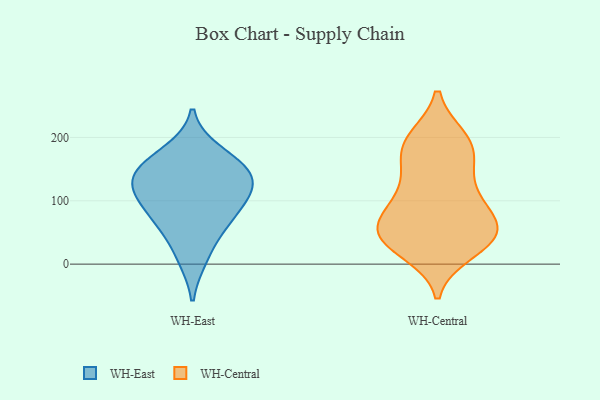
{"axis": {"x": "Gross Profit (USD K)", "y": "Value"}, "legend": ["WH-Central", "WH-East"], "data": [{"x": "", "y": 141, "type": "WH-East"}, {"x": "", "y": 64, "type": "WH-East"}, {"x": "", "y": 121, "type": "WH-East"}, {"x": "", "y": 108, "type": "WH-East"}, {"x": "", "y": 177, "type": "WH-East"}, {"x": "", "y": 149, "type": "WH-East"}, {"x": "", "y": 150, "type": "WH-East"}, {"x": "", "y": 10, "type": "WH-East"}, {"x": "", "y": 66, "type": "WH-East"}, {"x": "", "y": 102, "type": "WH-East"}, {"x": "", "y": 90, "type": "WH-Central"}, {"x": "", "y": 99, "type": "WH-Central"}, {"x": "", "y": 131, "type": "WH-Central"}, {"x": "", "y": 163, "type": "WH-Central"}, {"x": "", "y": 34, "type": "WH-Central"}, {"x": "", "y": 44, "type": "WH-Central"}, {"x": "", "y": 175, "type": "WH-Central"}, {"x": "", "y": 47, "type": "WH-Central"}, {"x": "", "y": 188, "type": "WH-Central"}, {"x": "", "y": 104, "type": "WH-Central"}, {"x": "", "y": 44, "type": "WH-Central"}, {"x": "", "y": 65, "type": "WH-Central"}, {"x": "", "y": 51, "type": "WH-Central"}, {"x": "", "y": 21, "type": "WH-Central"}, {"x": "", "y": 49, "type": "WH-Central"}, {"x": "", "y": 196, "type": "WH-Central"}, {"x": "", "y": 197, "type": "WH-Central"}]}